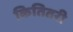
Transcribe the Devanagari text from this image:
कितितरी